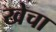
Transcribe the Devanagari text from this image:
खेचा